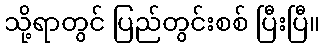
သို့ရာတွင် ပြည်တွင်းစစ် ပြီးပြီ။